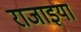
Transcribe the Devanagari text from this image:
राजाइया